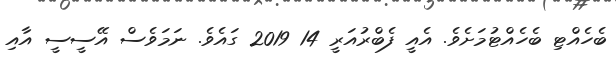
ބެހެއްޓި ބެހެއްޓުމަށެވެ. އެއީ ފެބްރުއަރީ 14 2019 ގައެވެ. ނަމަވެސް އޭސީސީ އާއި